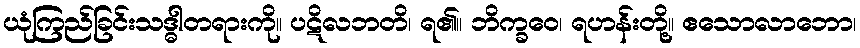
ယုံကြည်ခြင်းသဒ္ဓါတရားကို။ ပဋိလဘတိ၊ ရ၏။ ဘိက္ခဝေ၊ ရဟန်းတို့။ ဧသောလာဘော၊